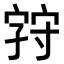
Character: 𪧚